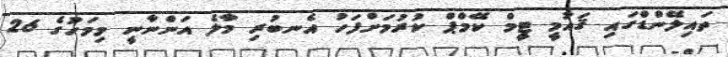
ތައިލޭންޑްގައި ޤައުމީ ޓީމް ކޭމްޕް ކުރުމަށްފަހު އެނބުރި މާލެ އަންނާނީ މިމަހުގެ 26